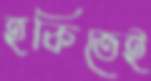
হকিতেই